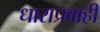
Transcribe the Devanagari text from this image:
धाराप्रवाही